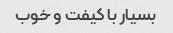
بسیار با کیفت و خوب